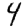
Digit: 4